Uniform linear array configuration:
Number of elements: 16
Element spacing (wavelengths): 0.5
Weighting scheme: cosine
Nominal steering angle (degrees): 30
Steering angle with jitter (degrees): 29.996
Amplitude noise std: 0.05
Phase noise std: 0.05

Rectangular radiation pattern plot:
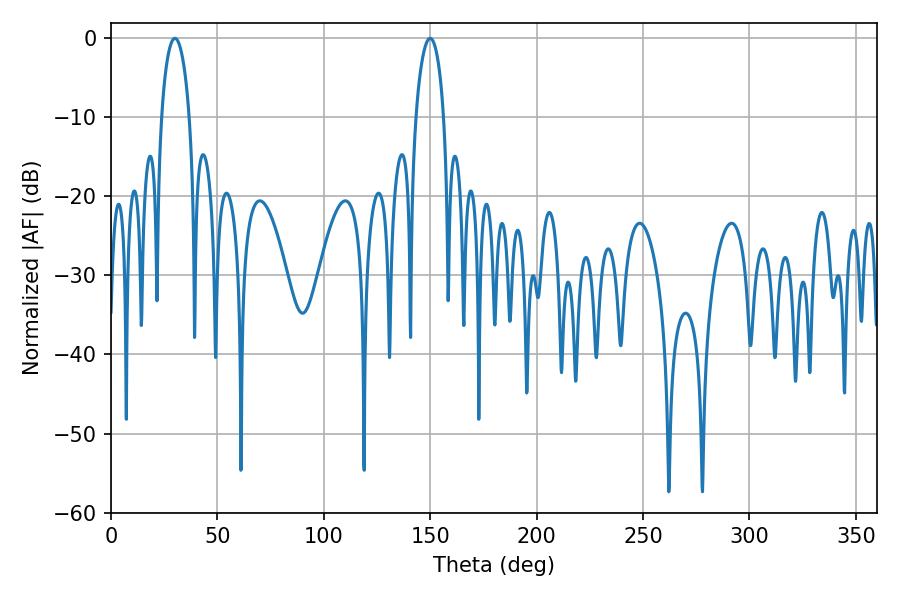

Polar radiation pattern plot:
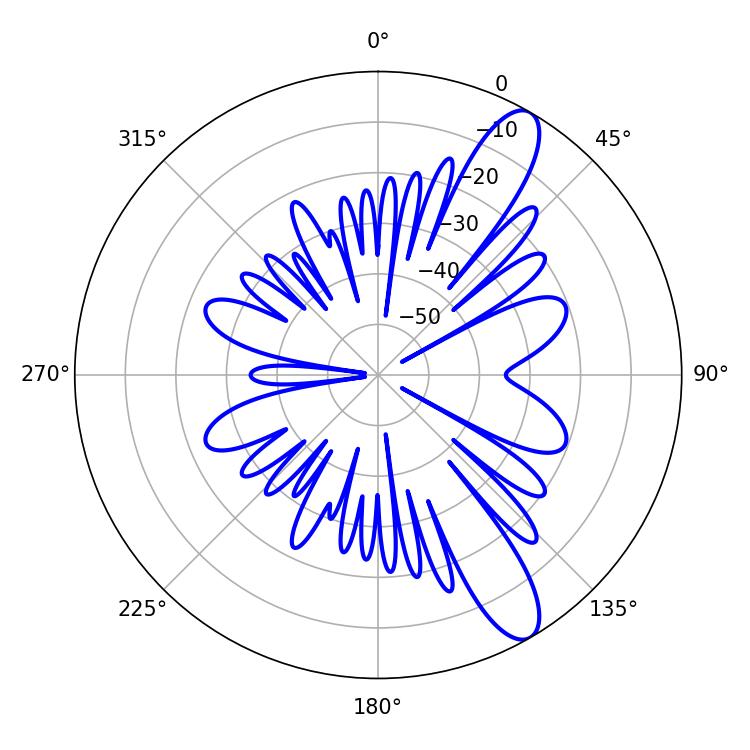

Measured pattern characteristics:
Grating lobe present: FALSE
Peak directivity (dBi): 11.377
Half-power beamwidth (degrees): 7.56
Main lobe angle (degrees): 30.06